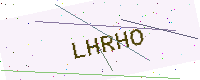
Text: LHRHO